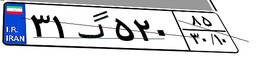
۳۱گ۵۲۰۸۵